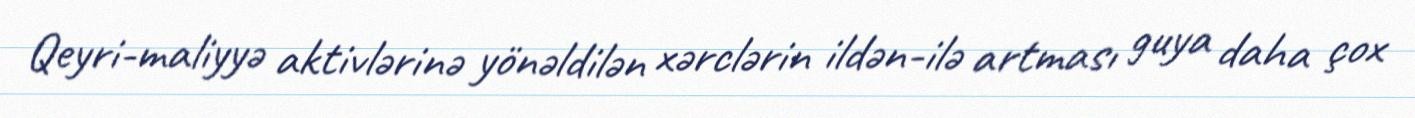
Qeyri-maliyyə aktivlərinə yönəldilən xərclərin ildən-ilə artması guya daha çox